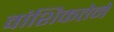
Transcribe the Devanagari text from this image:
वांशिकतेने